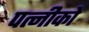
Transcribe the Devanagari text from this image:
पत्नीको